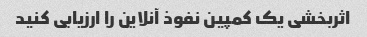
اثربخشی یک کمپین نفوذ آنلاین را ارزیابی کنید